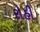
રોહી